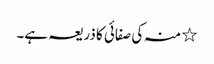
٭ منہ کی صفائی کا ذریعہ ہے۔